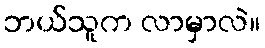
ဘယ်သူက လာမှာလဲ။